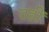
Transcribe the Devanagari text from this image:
तहीं